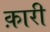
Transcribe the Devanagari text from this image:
क़ारी